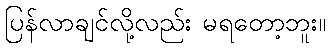
ပြန်လာချင်လို့လည်း မရတော့ဘူး။